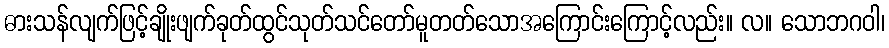
ဓားသန်လျက်ဖြင့်ချိုးဖျက်ခုတ်ထွင်သုတ်သင်တော်မူတတ်သောအကြောင်းကြောင့်လည်း။ လ။ သောဘဂဝါ၊